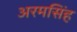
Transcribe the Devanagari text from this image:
अरमसिंह